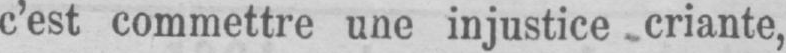
c’est commettre une injustice criante,